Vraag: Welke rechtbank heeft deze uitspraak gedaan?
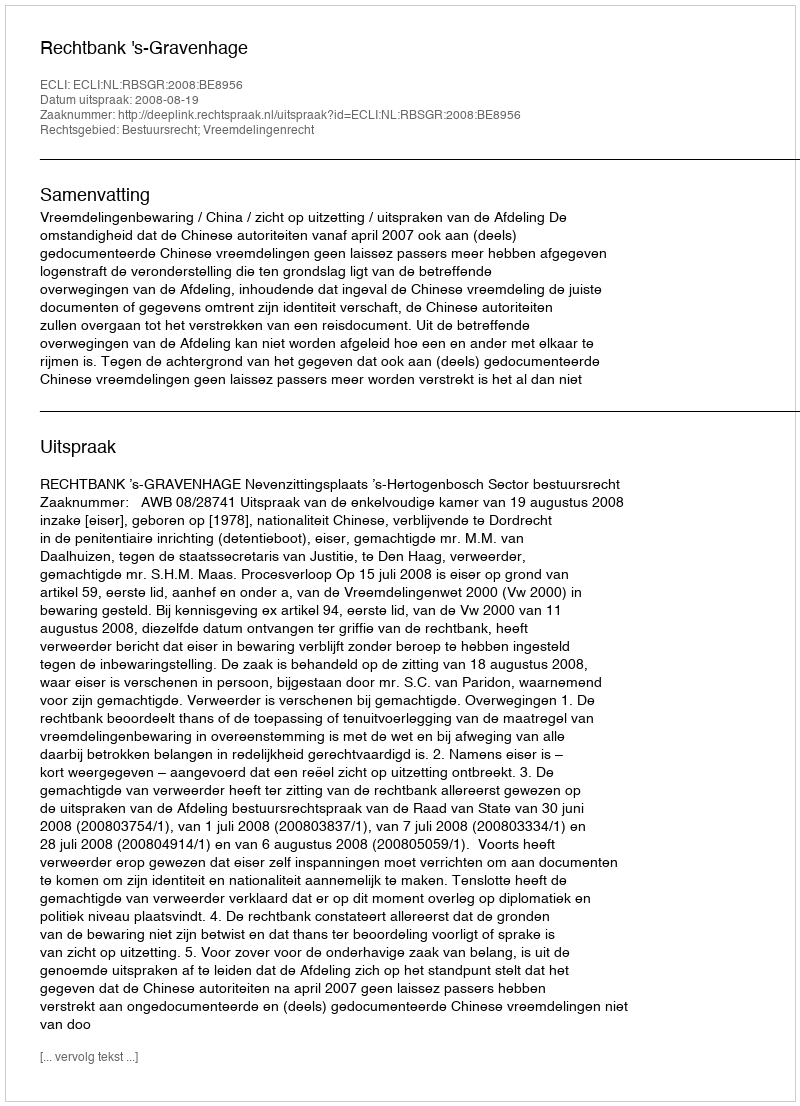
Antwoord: Rechtbank 's-Gravenhage